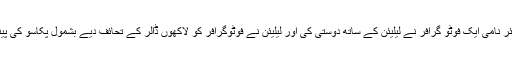
اس بات کا انکشاف ہوا کہ 2008 میں بینیئر نامی ایک فوٹو گرافر نے لیلیئن کے ساتھ دوستی کی اور لیلیئن نے فوٹوگرافر کو لاکھوں ڈالر کے تحائف دیے بشمول پکاسو کی پینٹنگ اور سیشلز میں 670 ایکڑ کا جزیرہ۔